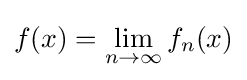
f(x)=\lim _{n\rightarrow \infty }f_{n}(x)